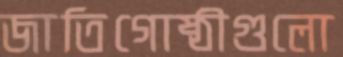
জাতিগোষ্ঠীগুলো